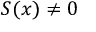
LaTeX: S ( x ) \neq 0